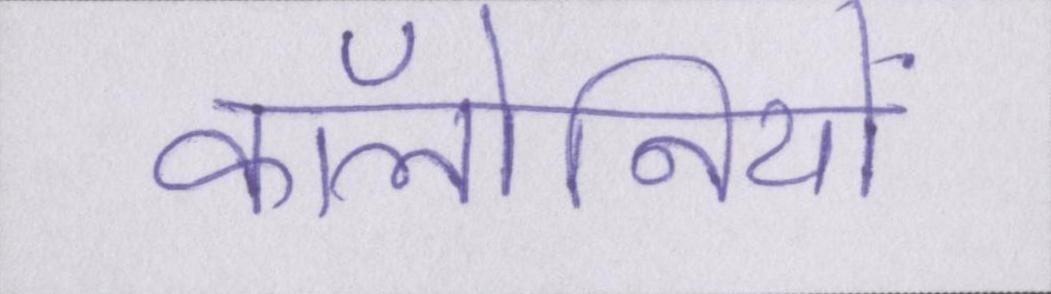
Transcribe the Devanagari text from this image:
कॉलोनियों